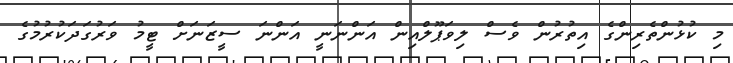
މި ކުޅުންތެރިންގެ އިތުރުން ވެސް ލިވަޕޫލްއިން އަންނަނީ އަންނަ ސީޒަނަށް ޓީމު ވަރުގަދަކުރުމުގެ